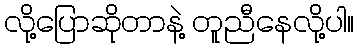
လို့ပြောဆိုတာနဲ့ တူညီနေလို့ပါ။